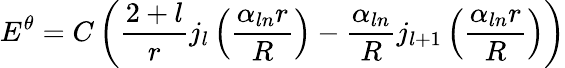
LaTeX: E^{\theta}=C\left(\frac{2+l}{r}j_{l}\left(\frac{\alpha_{ln}r}{R}\right)-\frac{\alpha_{ln}}{R}j_{l+1}\left(\frac{\alpha_{ln}r}{R}\right)\right)